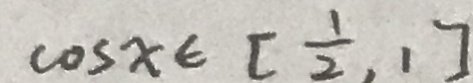
\cos x \in [ \frac { 1 } { 2 } , 1 ]